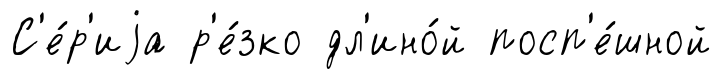
С'е́р'иjа р'е́зко дл'ино́й посп'е́шной